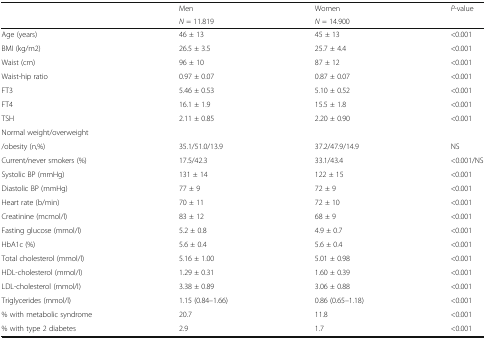
|  | Men | Women | P-value |
 |  | N = 11.819 | N = 14.900 |  |
 | --- | --- | --- | --- |
 | Age (years) | 46 ± 13 | 45 ± 13 | <0.001 |
 | BMI (kg/m2) | 26.5 ± 3.5 | 25.7 ± 4.4 | <0.001 |
 | Waist (cm) | 96 ± 10 | 87 ± 12 | <0.001 |
 | Waist-hip ratio | 0.97 ± 0.07 | 0.87 ± 0.07 | <0.001 |
 | FT3 | 5.46 ± 0.53 | 5.10 ± 0.52 | <0.001 |
 | FT4 | 16.1 ± 1.9 | 15.5 ± 1.8 | <0.001 |
 | TSH | 2.11 ± 0.85 | 2.20 ± 0.90 | <0.001 |
 | <COLSPAN=4> Normal weight/overweight |
 | /obesity (n,%) | 35.1/51.0/13.9 | 37.2/47.9/14.9 | NS |
 | Current/never smokers (%) | 17.5/42.3 | 33.1/43.4 | <0.001/NS |
 | Systolic BP (mmHg) | 131 ± 14 | 122 ± 15 | <0.001 |
 | Diastolic BP (mmHg) | 77 ± 9 | 72 ± 9 | <0.001 |
 | Heart rate (b/min) | 70 ± 11 | 72 ± 10 | <0.001 |
 | Creatinine (mcmol/l) | 83 ± 12 | 68 ± 9 | <0.001 |
 | Fasting glucose (mmol/l) | 5.2 ± 0.8 | 4.9 ± 0.7 | <0.001 |
 | HbA1c (%) | 5.6 ± 0.4 | 5.6 ± 0.4 | <0.001 |
 | Total cholesterol (mmol/l) | 5.16 ± 1.00 | 5.01 ± 0.98 | <0.001 |
 | HDL-cholesterol (mmol/l) | 1.29 ± 0.31 | 1.60 ± 0.39 | <0.001 |
 | LDL-cholesterol (mmol/l) | 3.38 ± 0.89 | 3.06 ± 0.88 | <0.001 |
 | Triglycerides (mmol/l) | 1.15 (0.84–1.66) | 0.86 (0.65–1.18) | <0.001 |
 | % with metabolic syndrome | 20.7 | 11.8 | <0.001 |
 | % with type 2 diabetes | 2.9 | 1.7 | <0.001 |